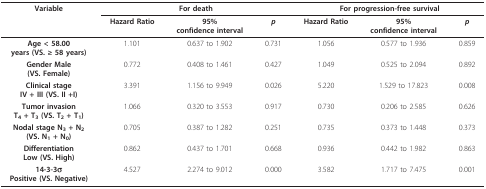
<table><thead><tr><td><b>Variable</b></td><td colspan="3"><b>For death</b></td><td colspan="3"><b>For progression-free survival</b></td></tr><tr><td></td><td><b>Hazard Ratio</b></td><td><b>95%confidence interval</b></td><td><b><i>p</i></b></td><td><b>Hazard Ratio</b></td><td><b>95%confidence interval</b></td><td><b><i>p</i></b></td></tr></thead><tbody><tr><td><b>Age &lt; 58.00</b><b>years (VS. ≥ 58 years)</b></td><td>1.101</td><td>0.637 to 1.902</td><td>0.731</td><td>1.056</td><td>0.577 to 1.936</td><td>0.859</td></tr><tr><td><b>Gender Male</b><b>(VS. Female)</b></td><td>0.772</td><td>0.408 to 1.461</td><td>0.427</td><td>1.049</td><td>0.525 to 2.094</td><td>0.892</td></tr><tr><td><b>Clinical stage</b><b>IV + III (VS. II +I)</b></td><td>3.391</td><td>1.156 to 9.949</td><td>0.026</td><td>5.220</td><td>1.529 to 17.823</td><td>0.008</td></tr><tr><td><b>Tumor invasion</b><b>T<sub>4 </sub>+ T<sub>3 </sub>(VS. T<sub>2 </sub>+ T<sub>1</sub>)</b></td><td>1.066</td><td>0.320 to 3.553</td><td>0.917</td><td>0.730</td><td>0.206 to 2.585</td><td>0.626</td></tr><tr><td><b>Nodal stage N<sub>3 </sub>+ N<sub>2</sub></b><b>(VS. N<sub>1 </sub>+ N<sub>0</sub>)</b></td><td>0.705</td><td>0.387 to 1.282</td><td>0.251</td><td>0.735</td><td>0.373 to 1.448</td><td>0.373</td></tr><tr><td><b>Differentiation</b><b>Low (VS. High)</b></td><td>0.862</td><td>0.437 to 1.701</td><td>0.668</td><td>0.936</td><td>0.442 to 1.982</td><td>0.863</td></tr><tr><td><b>14-3-3σ</b><b>Positive (VS. Negative)</b></td><td>4.527</td><td>2.274 to 9.012</td><td>0.000</td><td>3.582</td><td>1.717 to 7.475</td><td>0.001</td></tr></tbody></table>